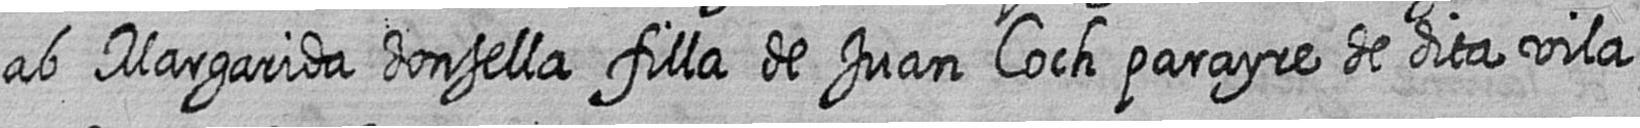
ab Margarida donsella filla de Juan Coch parayre de dita vila